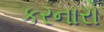
કરનારો